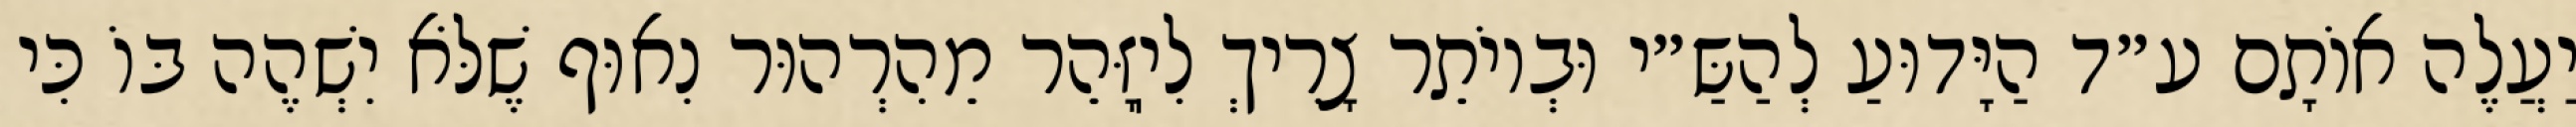
יַעֲלֶה אוֹתָם ע״ד הַיָּדוּעַ לְהַשַּ״י וּבְיוֹתֵר צָרִיךְ לִיֽזָּהֵר מֵהִרְהוּר נִאוּף שֶׁלֹּא יִשְׁהֶה בּוֹ כִּי